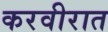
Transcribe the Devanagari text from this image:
करवीरात